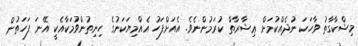
މިޝްކާގާތު ވާހަކަ ނުދެއްކުމަށް ޢިޝާރާތް ކުރަމުންނެވެ. އެއަށްފަހު އެއްމިޔަކަނުގެ ހިނިތުންވުމަކާއެކީ އޭނަ ފަހަތުން